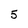
Character: 5